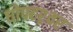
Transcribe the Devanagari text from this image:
धोपटश्र्वर